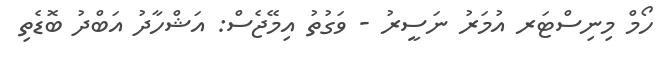
ހޯމް މިނިސްޓަރ އުމަރު ނަސީރު - ވަގުތު އިމޭޖެސް: އަޝްހާދު އަބްދު ބޮޑެތި